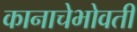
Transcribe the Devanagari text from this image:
कानाचेभोवती